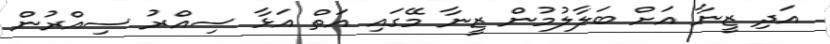
އަދި ޒީނާ އަށް ބަލާލުމުން ޒީނާ މޭގައި އަތް އަޅާ ސިއްރު ސިއްރުން